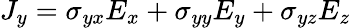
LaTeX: J_{y}=\sigma_{yx}E_{x}+\sigma_{yy}E_{y}+\sigma_{yz}E_{z}